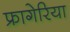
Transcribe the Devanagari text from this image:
फ्रागेरिया